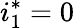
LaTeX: i_{1}^{*}=0